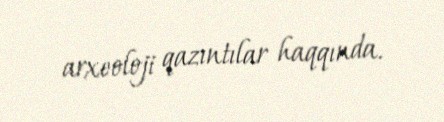
arxeoloji qazıntılar haqqında.